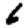
Digit: 6